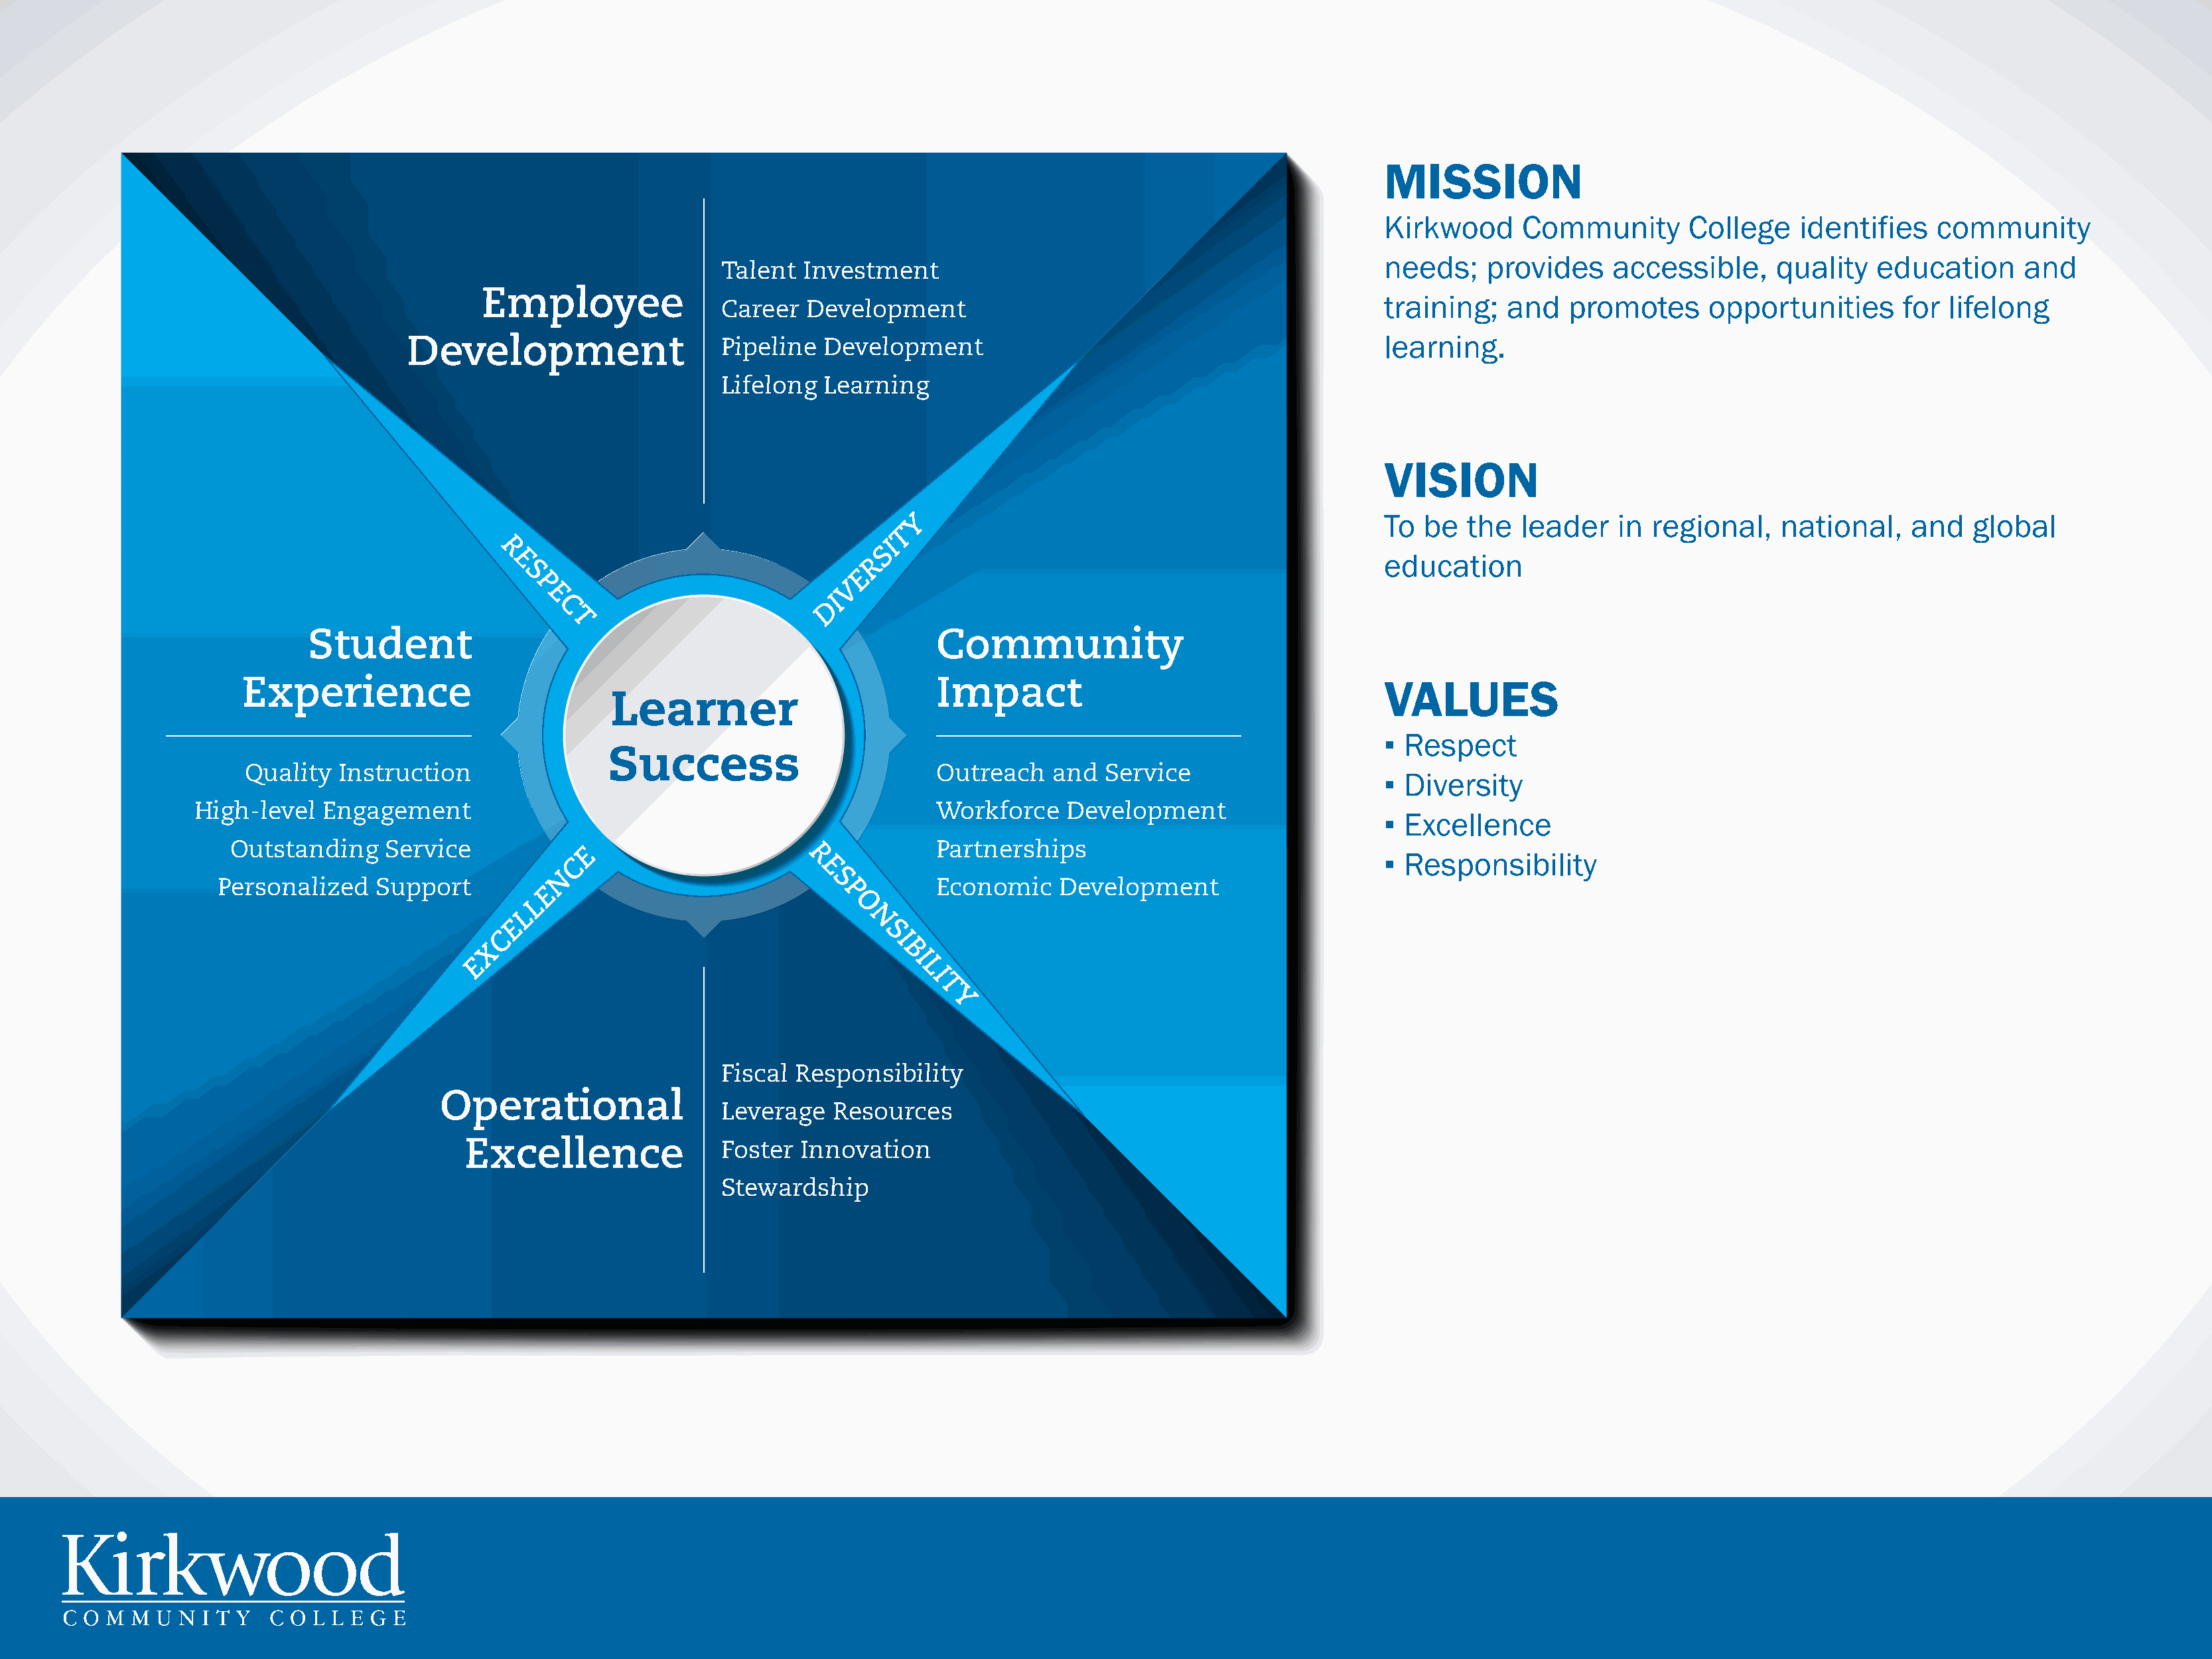
MISSION
 Kirkwood      Community       College     identifies   community
 needs;    provides     accessible,     quality   education      and
 Talent  Investment
 Employee
 Career  Development                                               training;   and   promotes      opportunities       for lifelong
 Development                    Pipeline  Development                                             learning.
 Lifelong  Learning
 VISION
 Y                                              To  be  the   leader   in  regional,    national,    and   global
 T
 I
 R                                      S
 E                                   R                                                  education
 S                                E
 P                              V
 E                            I
 C                          D
 T
 Student                                                       Community
 Experience                                                           Impact                                       VALUES
 Learner
 ▪ Respect
 Success
 Quality   Instruction                                                Outreach    and  Service
 ▪ Diversity
 High-level   Engagement                                                   Workforce    Development
 ▪ Excellence
 Outstanding    Service                                                Partnerships
 E
 C                      R                                                         ▪ Responsibility
 E
 N
 Personalized    Support                                     S          Economic     Development
 E                             P
 L
 O
 L
 E                                  N
 C                                     S
 I
 X
 B
 E                                           I
 L
 I
 T
 Y
 Fiscal Responsibility
 Operational
 Leverage   Resources
 Excellence                Foster  Innovation
 Stewardship